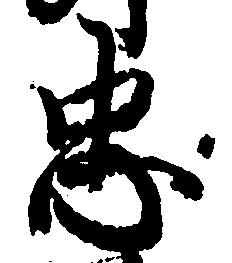
忠